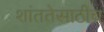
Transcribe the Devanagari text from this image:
शांततेसाठीच